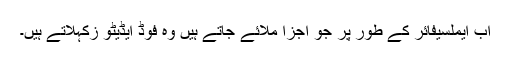
اب ایملسیفائر کے طور پر جو اجزا ملائے جاتے ہیں وہ فوڈ ایڈیٹو زکہلاتے ہیں۔